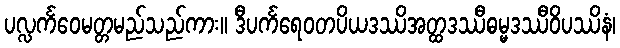
ပလ္လင်္ကဝေမတ္တမည်သည်ကား။ ဒီပင်္ကရေဝတပိယဒဿိအတ္ထဒဿီဓမ္မဒဿီဝိပဿိနံ၊